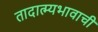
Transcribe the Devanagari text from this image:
तादात्म्यभावाची